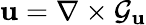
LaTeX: \mathrm{\mathbf{u}}=\nabla\times\mathcal{G_{\mathrm{\mathbf{u}}}}